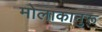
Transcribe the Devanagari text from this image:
मोलाकानुरू